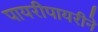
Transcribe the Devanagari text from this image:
पायरीपायरीने